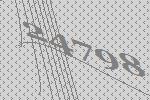
24798